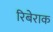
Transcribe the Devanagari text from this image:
रिबेराक